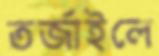
তর্জাইলে